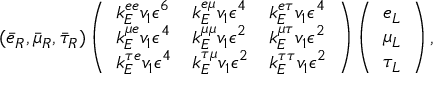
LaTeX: ( \bar { e } _ { R } , \bar { \mu } _ { R } , \bar { \tau } _ { R } ) \left( \begin{array} { l l l } { { k _ { E } ^ { e e } v _ { 1 } \epsilon ^ { 6 } } } & { { k _ { E } ^ { e \mu } v _ { 1 } \epsilon ^ { 4 } } } & { { k _ { E } ^ { e \tau } v _ { 1 } \epsilon ^ { 4 } } } \\ { { k _ { E } ^ { \mu e } v _ { 1 } \epsilon ^ { 4 } } } & { { k _ { E } ^ { \mu \mu } v _ { 1 } \epsilon ^ { 2 } } } & { { k _ { E } ^ { \mu \tau } v _ { 1 } \epsilon ^ { 2 } } } \\ { { k _ { E } ^ { \tau e } v _ { 1 } \epsilon ^ { 4 } } } & { { k _ { E } ^ { \tau \mu } v _ { 1 } \epsilon ^ { 2 } } } & { { k _ { E } ^ { \tau \tau } v _ { 1 } \epsilon ^ { 2 } } } \end{array} \right) \left( \begin{array} { c } { { e _ { L } } } \\ { { \mu _ { L } } } \\ { { \tau _ { L } } } \end{array} \right) ,